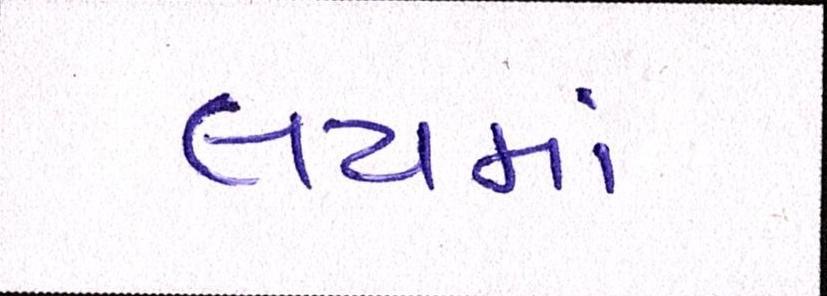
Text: લયમાં